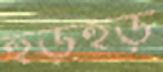
হুড়হুড়